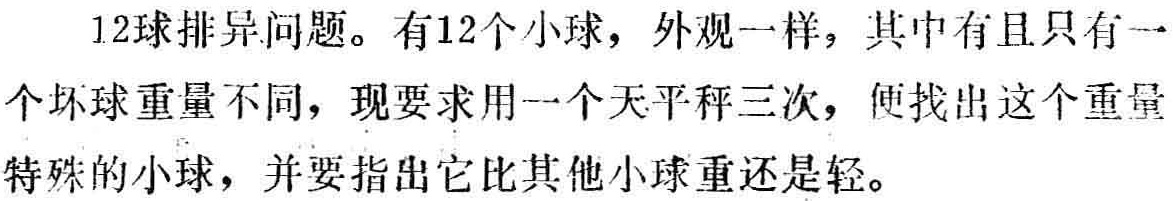
12球排异问题。有12个小球，外观一样，其中有且只有一个坏球重量不同，现要求用一个天平秤三次，便找出这个重量特殊的小球，并要指出它比其他小球重还是轻。